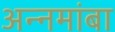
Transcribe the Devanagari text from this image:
अन्नमांबा